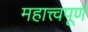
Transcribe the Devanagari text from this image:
महात्त्वपूर्ण